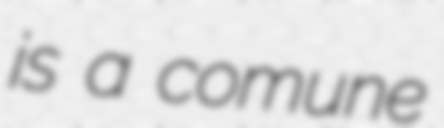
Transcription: is a comune